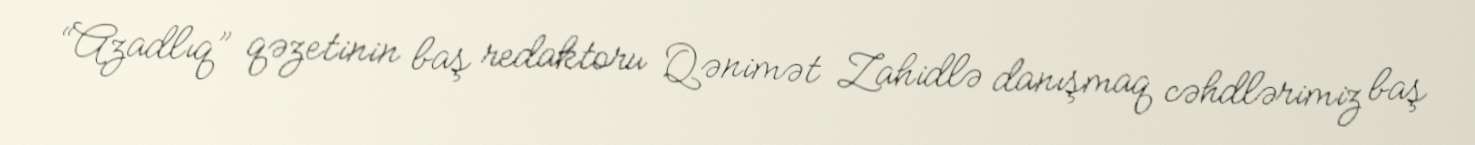
“Azadlıq” qəzetinin baş redaktoru Qənimət Zahidlə danışmaq cəhdlərimiz baş